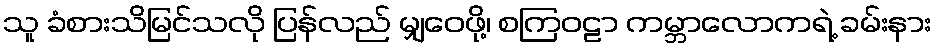
သူ ခံစားသိမြင်သလို ပြန်လည် မျှဝေဖို့၊ စကြဝဠာ ကမ္ဘာလောကရဲ့ ခမ်းနား